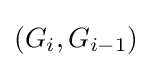
{\textstyle (G_{i},G_{i-1})}